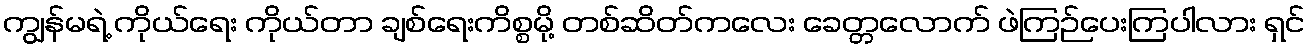
ကျွန်မရဲ့ ကိုယ်ရေး ကိုယ်တာ ချစ်ရေးကိစ္စမို့ တစ်ဆိတ်ကလေး ခေတ္တလောက် ဖဲကြဉ်ပေးကြပါလား ရှင်